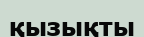
қызықты